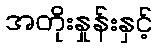
အတိုးနှုန်းနှင့်